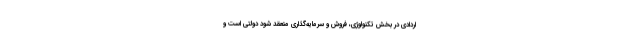
اردادی در بخش تکنولوژی، فروش و سرمایه‌گذاری منعقد شود دولتی است و